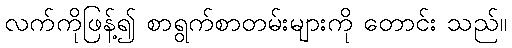
လက်ကိုဖြန့်၍ စာရွက်စာတမ်းများကို တောင်း သည်။